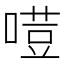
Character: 𠻼